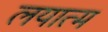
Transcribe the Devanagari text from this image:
लयात्म